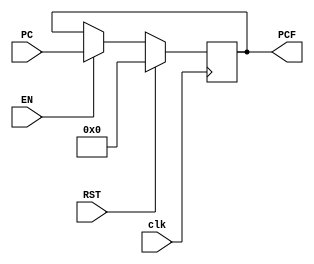
module PC_flipflop (
 input  wire        clk,
 input  wire        EN,
 input  wire [31:0] PC,
 input  wire        RST,
 output reg [31:0] PCF
);
//----------------------------------------  
  
always@(posedge clk)
begin
 if(EN)
   PCF<=PC; 
 
  if (RST)
   PCF<=32'b0;      
end  
  
endmodule